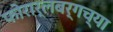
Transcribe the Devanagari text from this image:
फोरार्लबर्गच्या